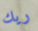
ريك